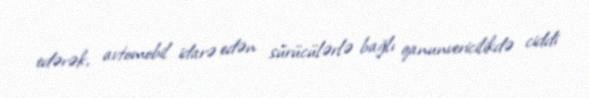
edərək, avtomobil idarə edən sürücülərlə bağlı qanunvericilikdə ciddi